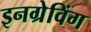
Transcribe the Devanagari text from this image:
इनग्रेविंग